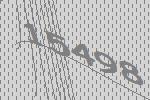
15498